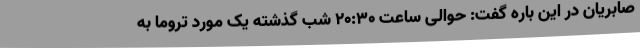
صابریان در این باره گفت: حوالی ساعت ۲۰:۳۰ شب گذشته یک مورد تروما به